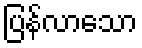
ပြန်လာသော